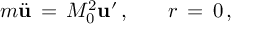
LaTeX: m \ddot { \bf u } \, = \, M _ { 0 } ^ { 2 } { \bf u } ^ { \prime } \, { , } \qquad r \, = \, 0 \, { , }